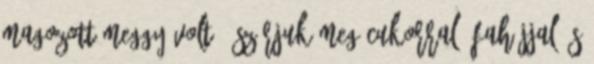
magozott meggy volt . Szórjuk meg cukorral, fahéjjal és